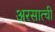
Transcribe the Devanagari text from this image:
अरसात्ची